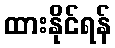
ထားနိုင်ရန်